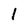
Character: l